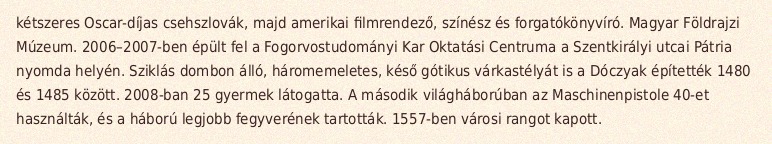
kétszeres Oscar-díjas csehszlovák, majd amerikai filmrendező, színész és forgatókönyvíró. Magyar Földrajzi Múzeum. 2006–2007-ben épült fel a Fogorvostudományi Kar Oktatási Centruma a Szentkirályi utcai Pátria nyomda helyén. Sziklás dombon álló, háromemeletes, késő gótikus várkastélyát is a Dóczyak építették 1480 és 1485 között. 2008-ban 25 gyermek látogatta. A második világháborúban az Maschinenpistole 40-et használták, és a háború legjobb fegyverének tartották. 1557-ben városi rangot kapott.